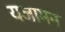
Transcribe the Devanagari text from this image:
यजामन